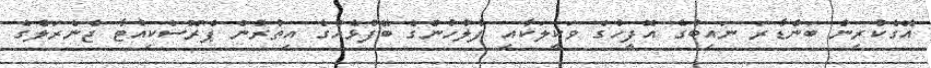
އޭގެކުރިން ބަންޑާރަ ނައިބުގެ އޮފީހުގެ ވަކީލަކާއި ފުލުހުންގެ ބޭފުޅެއްގެ އިތުރުން ޕްރޮސެކިއުޓާ ޖެނެރަލްގެ